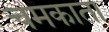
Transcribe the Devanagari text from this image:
चमकाता